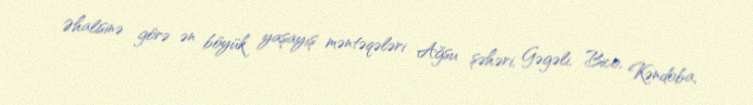
Əhalisinə görə ən böyük yaşayış məntəqələri Ağsu şəhəri, Gəgəli, Bico, Kəndoba,